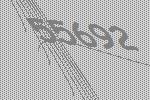
55692